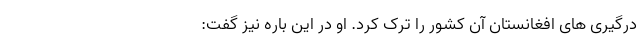
درگیری های افغانستان آن کشور را ترک کرد. او در این باره نیز گفت: